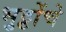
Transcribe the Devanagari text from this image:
भुट्टोंचे